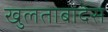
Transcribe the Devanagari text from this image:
खुलताबादेस